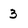
Character: 3